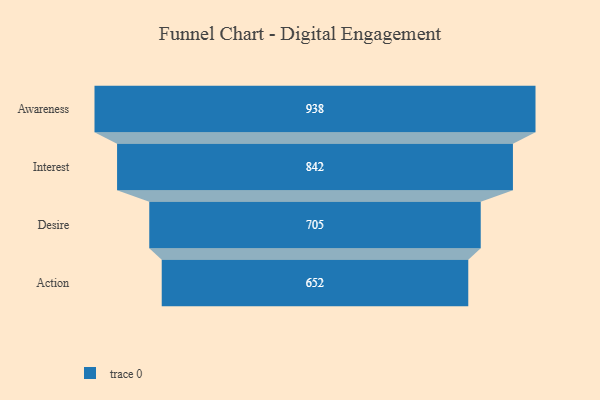
{"axis": {"x": "Stage", "y": "Value"}, "legend": [""], "data": [{"x": "Awareness", "y": 938.0, "type": ""}, {"x": "Interest", "y": 842.0, "type": ""}, {"x": "Desire", "y": 705.0, "type": ""}, {"x": "Action", "y": 652.0, "type": ""}]}